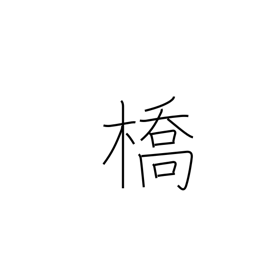
Meaning: bridge